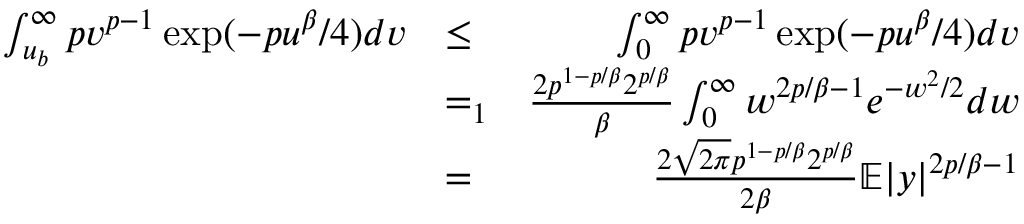
\begin{array} { r l r } { \int _ { u _ { b } } ^ { \infty } p v ^ { p - 1 } \exp ( - p u ^ { \beta } / 4 ) d v } & { \leq } & { \int _ { 0 } ^ { \infty } p v ^ { p - 1 } \exp ( - p u ^ { \beta } / 4 ) d v } \\ & { = _ { 1 } } & { \frac { 2 p ^ { 1 - p / \beta } 2 ^ { p / \beta } } { \beta } \int _ { 0 } ^ { \infty } w ^ { 2 p / \beta - 1 } e ^ { - w ^ { 2 } / 2 } d w } \\ & { = } & { \frac { 2 \sqrt { 2 \pi } p ^ { 1 - p / \beta } 2 ^ { p / \beta } } { 2 \beta } \mathbb { E } | y | ^ { 2 p / \beta - 1 } } \end{array}